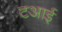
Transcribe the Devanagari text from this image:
टआई